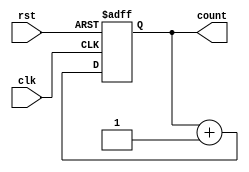
module async_reset_sync_counter (
    input wire clk,                // Clock input
    input wire rst,                // Asynchronous reset input
    output reg [N-1:0] count       // Counter output
);
    parameter N = 3;               // Number of bits for the counter

    // Asynchronous reset logic
    always @(posedge clk or posedge rst) begin
        if (rst) begin
            count <= 0;            // Reset counter to zero
        end else begin
            count <= count + 1;    // Increment counter on clock edge
        end
    end
endmodule